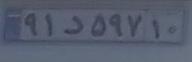
۹۱د۵۹۷۱۰